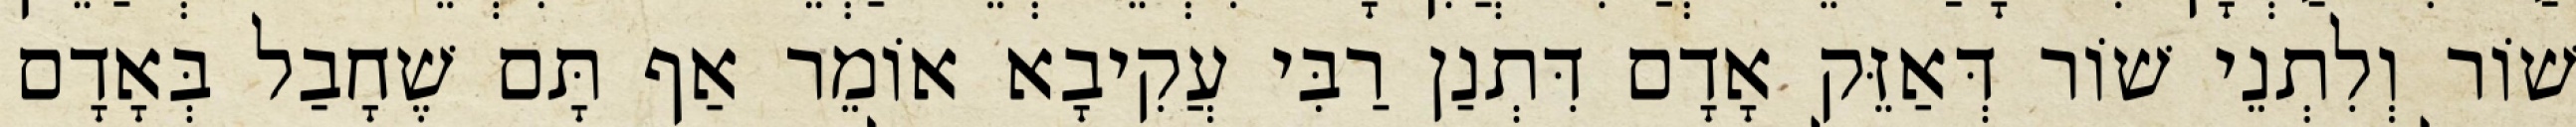
שׁוֹר וְלִתְנֵי שׁוֹר דְּאַזֵּק אָדָם דִּתְנַן רַבִּי עֲקִיבָא אוֹמֵר אַף תָּם שֶׁחָבַל בְּאָדָם